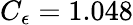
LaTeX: C_{\epsilon}=1.048